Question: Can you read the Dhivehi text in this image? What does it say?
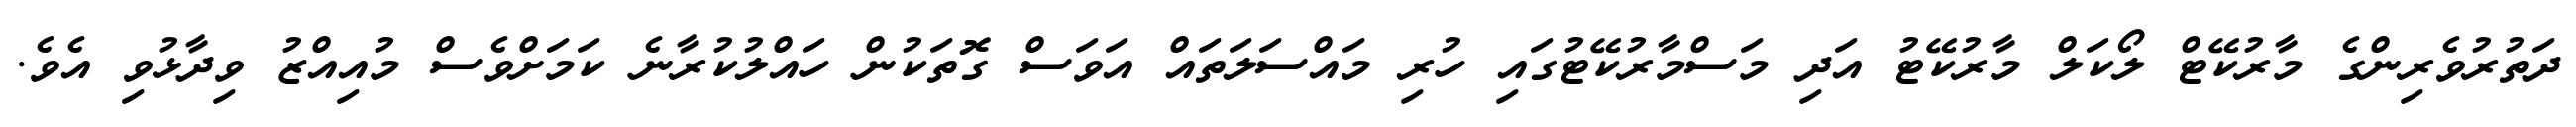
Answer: ދަތުރުވެރިންގެ މާރުކޭޓް ލޯކަލް މާރުކޭޓު އަދި މަސްމާރުކޭޓުގައި ހުރި މައްސަލަތައް އަވަސް ގޮތަކުން ހައްލުކުރާނެ ކަމަށްވެސް މުއިއްޒު ވިދާޅުވި އެވެ.